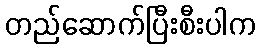
တည်ဆောက်ပြီးစီးပါက